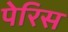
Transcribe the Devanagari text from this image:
पेरिस